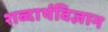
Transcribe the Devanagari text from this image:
शब्दार्थविज्ञान